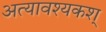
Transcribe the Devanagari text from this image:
अत्यावश्यकश्